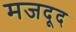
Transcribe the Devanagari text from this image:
मजदूद